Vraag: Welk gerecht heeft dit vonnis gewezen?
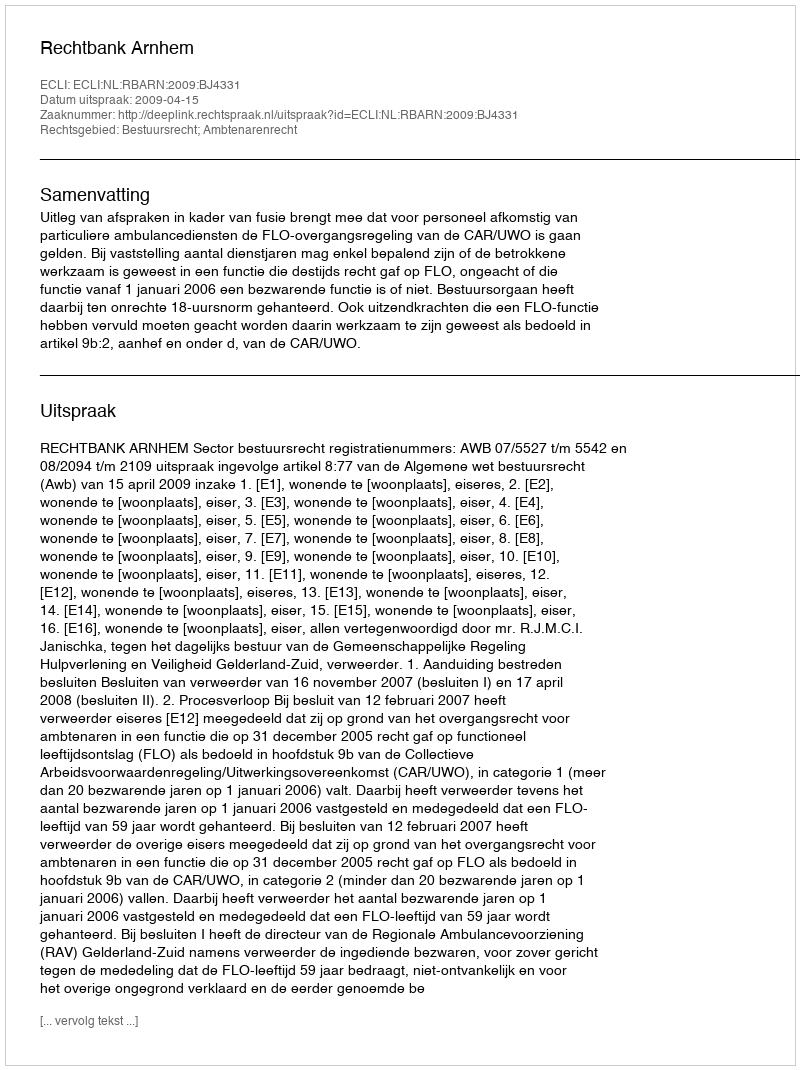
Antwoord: Rechtbank Arnhem